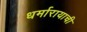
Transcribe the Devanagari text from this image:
धर्मारायाची